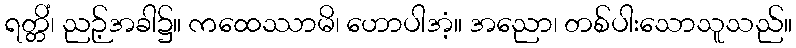
ရတ္တိံ၊ ညဉ့်အခါ၌။ ကထေဿာမိ၊ ဟောပါအံ့။ အညော၊ တစ်ပါးသောသူသည်။